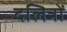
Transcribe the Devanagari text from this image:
दलित्रों